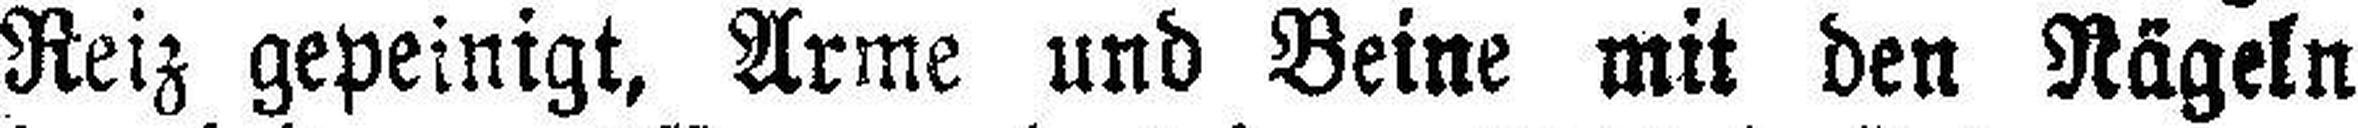
Reiz gepeinigt, Arme und Beine mit den Nägeln